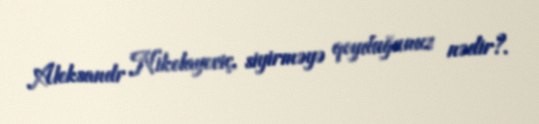
Aleksandr Nikolayeviç, siyirməyə qoyduğunuz nədir?.